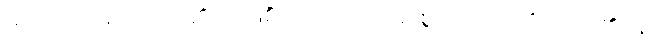
မလောင်အပ်သည်၏ အဖြစ်ကြောင့်။ သုခံ၊ စွာ။ သယတိ၊ နေရ၏။ န